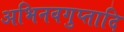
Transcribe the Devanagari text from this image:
अभिनवगुप्तादि